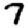
Digit: 7